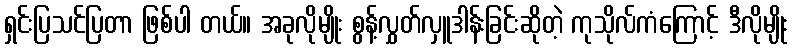
ရှင်းပြသင်ပြတာ ဖြစ်ပါ တယ်။ အခုလိုမျိုး စွန့်လွှတ်လှူဒါန်းခြင်းဆိုတဲ့ ကုသိုလ်ကံကြောင့် ဒီလိုမျိုး